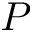
P